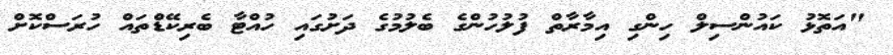
"އަތޮޅު ކައުންސިލް ހިންގި އިމާރާތް ފުލުހުންގެ ބެލުމުގެ ދަށުގައި ހުއްޓާ ބެރިކޭޑްތައް ހުރަސްކޮށް